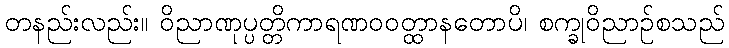
တနည်းလည်း။ ဝိညာဏုပ္ပတ္တိကာရဏဝဝတ္ထာနတောပိ၊ စက္ခုဝိညာဉ်စသည်